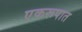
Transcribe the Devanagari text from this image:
एकरूपात